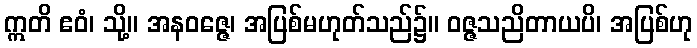
ဣတိ ဧဝံ၊ သို့။ အနဝဇ္ဇေ၊ အပြစ်မဟုတ်သည်၌။ ဝဇ္ဇသညိတာယပိ၊ အပြစ်ဟု